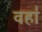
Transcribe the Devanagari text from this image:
वहा॑